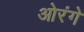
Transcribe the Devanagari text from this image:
ओरंगे